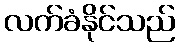
လက်ခံနိုင်သည်